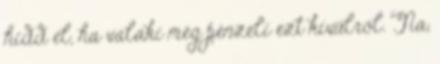
hidd el, ha valaki még pénzeli ezt kívülről. Na,